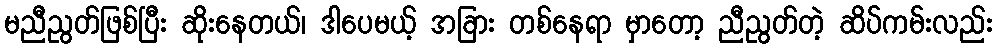
မညီညွတ်ဖြစ်ပြီး ဆိုးနေတယ်၊ ဒါပေမယ့် အခြား တစ်နေရာ မှာတော့ ညီညွတ်တဲ့ ဆိပ်ကမ်းလည်း